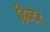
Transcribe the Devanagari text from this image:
हिन्टेर्